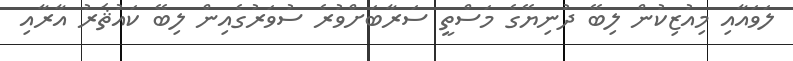
ލަވައާއި މިއުޒިކުން ލިބޭ ދުނިޔޭގެ މަސްތީ ސަރާބަށްވުރެ ސުވަރުގެއިން ލިބޭ ކައުޘަރު އާރާއި